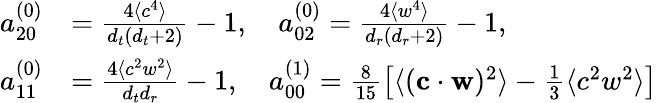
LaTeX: \begin{array}{rl}{{a_{20}^{(0)}}}&{=\frac{4\langle c^{4}\rangle}{{d_{t}}({d_{t}}+2)}-1,\quad{a_{02}^{(0)}}=\frac{4\langle w^{4}\rangle}{{d_{r}}({d_{r}}+2)}-1,}\\ {{a_{11}^{(0)}}}&{=\frac{4\langle c^{2}w^{2}\rangle}{{d_{t}}{d_{r}}}-1,\quad{a_{00}^{(1)}}=\frac{8}{15}\left[\langle(\mathbf{c}\cdot\mathbf{w})^{2}\rangle-\frac{1}{3}\langle c^{2}w^{2}\rangle\right]}\end{array}